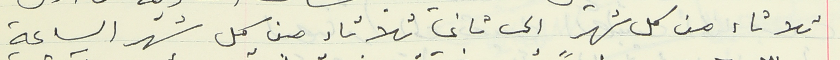
ثلاثاء من كل شهر الى ثاني ثلاثاء من كل شهر الساعة